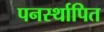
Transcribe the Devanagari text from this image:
पनर्स्थापित